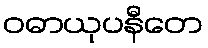
ဝဓာယုပနီတေ